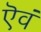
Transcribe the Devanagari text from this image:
ऎवं